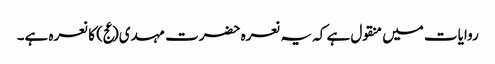
روایات میں منقول ہے کہ یہ نعرہ حضرت مہدی(عج) کا نعرہ ہے۔